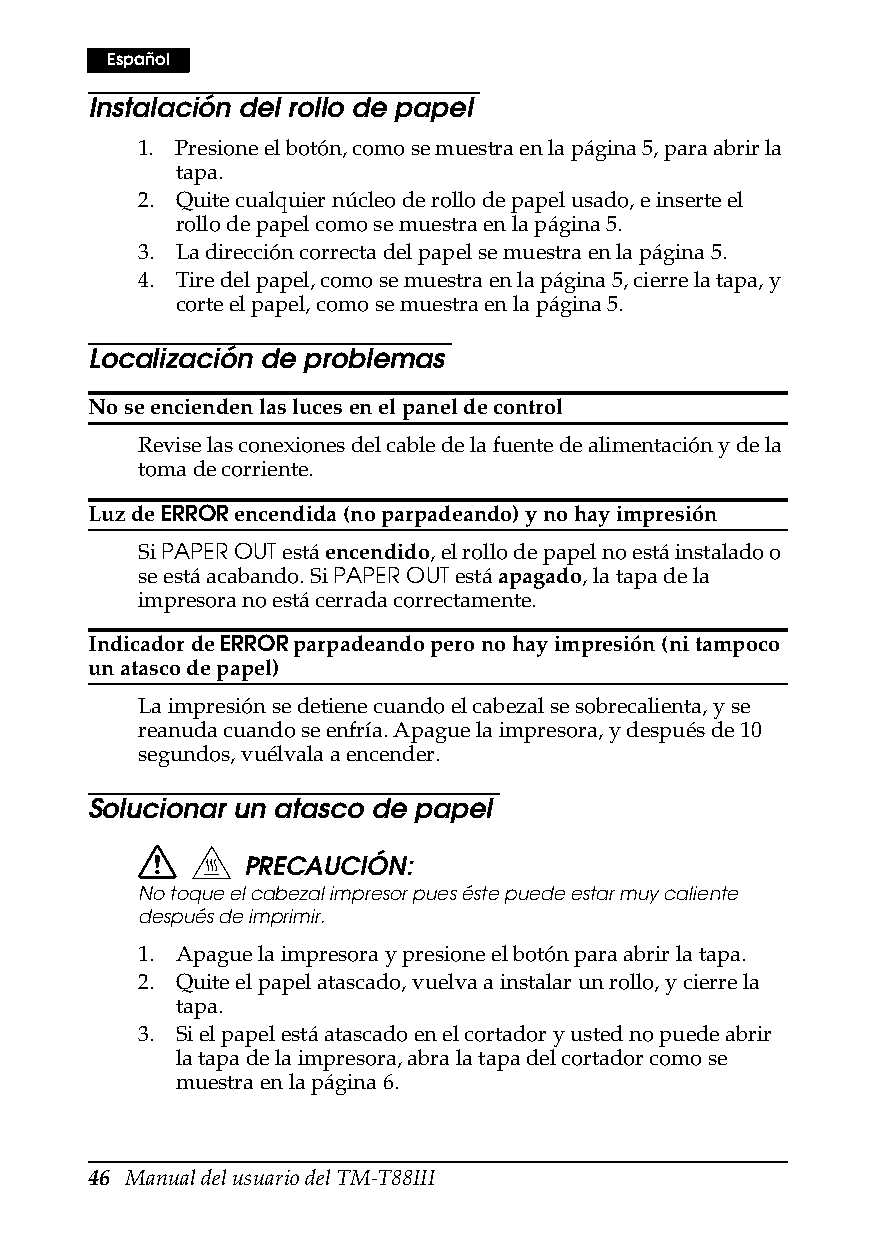
Español
 Instalación del rollo de papel
 1. Presione el botón, como se muestra en la página5, para abrir la
 tapa.
 2. Quite cualquier núcleo de rollo de papel usado, e inserte el
 rollo de papel como se muestra en la página5.
 3. La dirección correcta del papel se muestra en la página5.
 4. Tire del papel, como se muestra en la página5, cierre la tapa, y
 corte el papel, como se muestra en la página5.
 Localización de problemas
 No se encienden las luces en el panel de control
 Revise las conexiones del cable de la fuente de alimentación y de la
 toma de corriente.
 Luz de ERROR encendida (no parpadeando) y no hay impresión
 Si PAPER OUT está encendido, el rollo de papel no está instalado o
 se está acabando. Si PAPER OUT está apagado, la tapa de la
 impresora no está cerrada correctamente.
 Indicador de ERROR parpadeando pero no hay impresión (ni tampoco
 un atasco de papel)
 La impresión se detiene cuando el cabezal se sobrecalienta, y se
 reanuda cuando se enfría. Apague la impresora, y después de 10
 segundos, vuélvala a encender.
 Solucionar un atasco de papel
 PRECAUCIÓN:
 No toque el cabezal impresor pues éste puede estar muy caliente
 después de imprimir.
 1. Apague la impresora y presione el botón para abrir la tapa.
 2. Quite el papel atascado, vuelva a instalar un rollo, y cierre la
 tapa.
 3. Si el papel está atascado en el cortador y usted no puede abrir
 la tapa de la impresora, abra la tapa del cortador como se
 muestra en la página6.
 46 Manual del usuario del TM-T88III